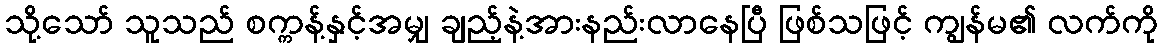
သို့သော် သူသည် စက္ကန့်နှင့်အမျှ ချည့်နဲ့အားနည်းလာနေပြီ ဖြစ်သဖြင့် ကျွန်မ၏ လက်ကို